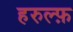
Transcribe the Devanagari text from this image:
हरुल्फ़